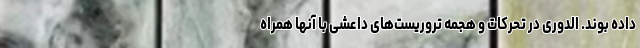
داده‌ بوند. الدوری در تحرکات و هجمه تروریست‌های داعشی با آنها همراه